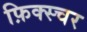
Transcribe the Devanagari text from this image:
फ़िक्स्चर